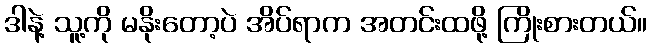
ဒါနဲ့ သူ့ကို မနိုးတော့ပဲ အိပ်ရာက အတင်းထဖို့ ကြိုးစားတယ်။